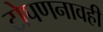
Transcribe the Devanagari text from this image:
टोपणनावही